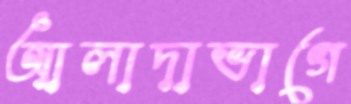
আলাদাভাগে